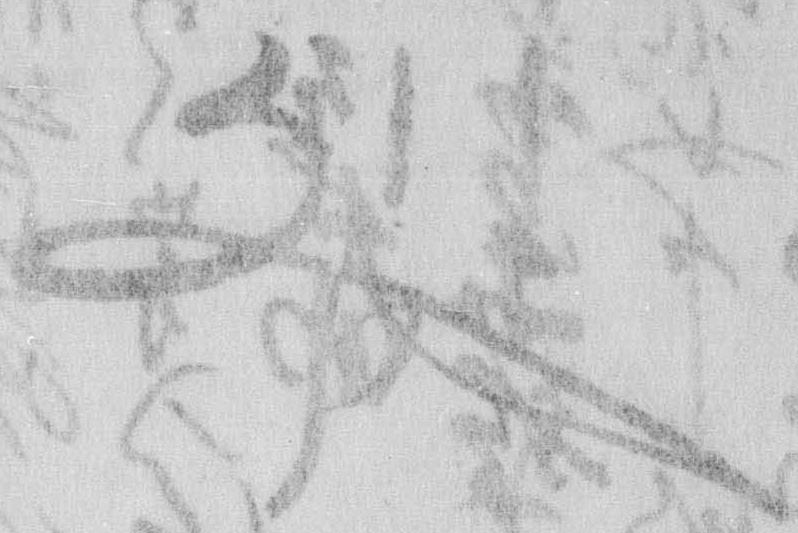
文